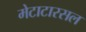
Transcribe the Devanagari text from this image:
मेटाटारसल